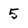
Character: 5